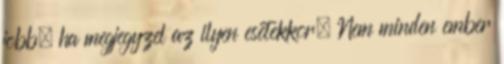
jobb, ha megjegyzel az ilyen esetekkor. Nem minden ember